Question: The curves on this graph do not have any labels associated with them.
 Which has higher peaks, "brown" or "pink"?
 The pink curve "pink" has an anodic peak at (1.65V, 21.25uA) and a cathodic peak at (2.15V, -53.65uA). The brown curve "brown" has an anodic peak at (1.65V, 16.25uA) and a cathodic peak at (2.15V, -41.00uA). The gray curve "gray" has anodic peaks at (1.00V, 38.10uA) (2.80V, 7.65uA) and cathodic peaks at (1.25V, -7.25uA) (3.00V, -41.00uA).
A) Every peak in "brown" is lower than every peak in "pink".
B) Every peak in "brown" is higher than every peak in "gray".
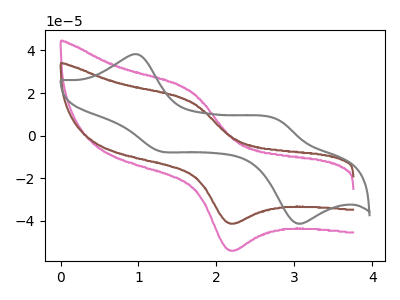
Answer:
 <answer>A) Every peak in "brown" is lower than every peak in "pink".</answer>
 <eval>A</eval>